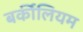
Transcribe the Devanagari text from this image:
बर्कीलियम